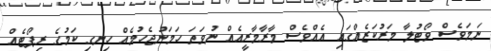
ނަމަވެސް ވޯޓުލާ މަރުކަޒެއްގައި އެއްވެސް މާރާމާރީއެއް ނުވަތަ ހަމަނުޖެހުމެއް ހިނގި ކަމުގެ ރިޕޯޓެއް